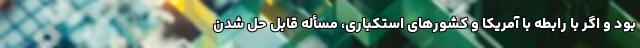
بود و اگر با رابطه با آمریکا و کشورهای استکباری، مسأله قابل حل شدن